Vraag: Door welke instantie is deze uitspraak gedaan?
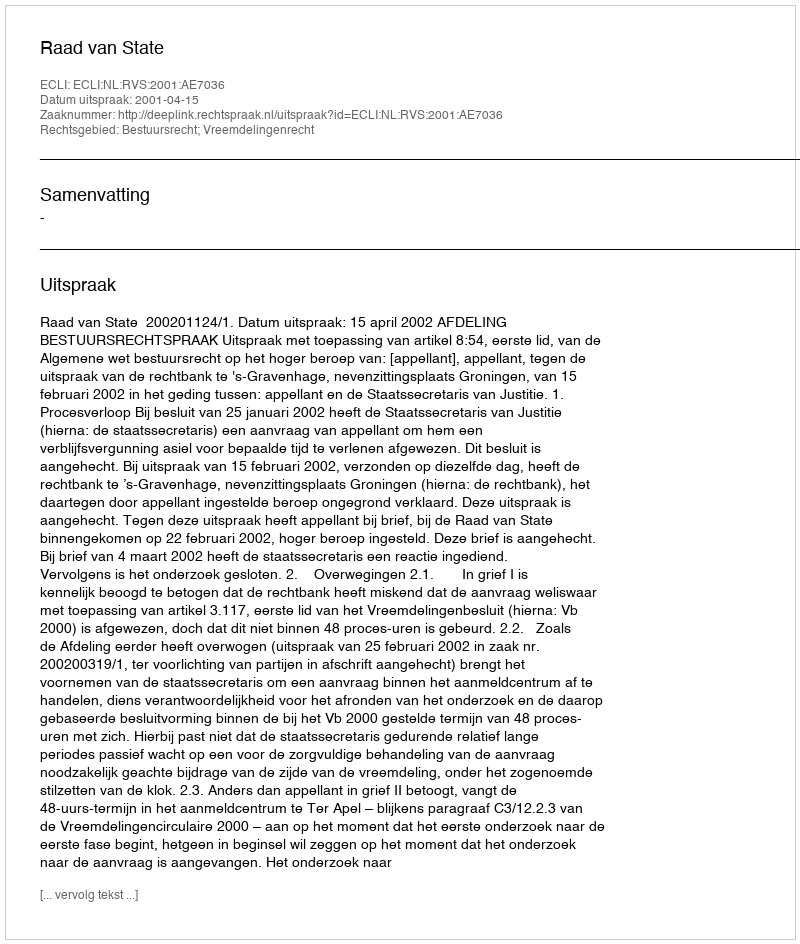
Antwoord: Raad van State